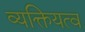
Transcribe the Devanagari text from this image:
व्यक्तियत्व